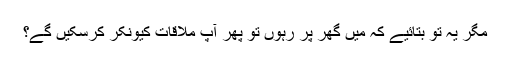
مگر یہ تو بتائیے کہ میں گھر پر رہوں تو پھر آپ ملاقات کیونکر کرسکیں گے؟